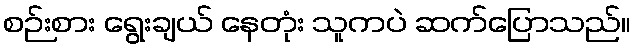
စဉ်းစား ရွေးချယ် နေတုံး သူကပဲ ဆက်ပြောသည်။